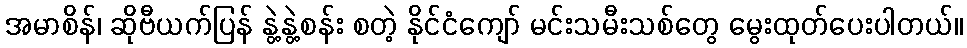
အမာစိန်၊ ဆိုဗီယက်ပြန် နွဲ့နွဲ့စန်း စတဲ့ နိုင်ငံကျော် မင်းသမီးသစ်တွေ မွေးထုတ်ပေးပါတယ်။